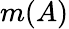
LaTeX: m(A)